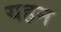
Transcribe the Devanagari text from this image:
यहन